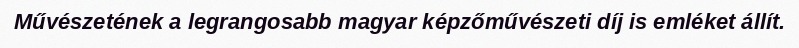
Művészetének a legrangosabb magyar képzőművészeti díj is emléket állít.